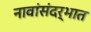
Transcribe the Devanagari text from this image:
नावांसंदर्भात